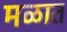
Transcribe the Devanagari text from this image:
मळात